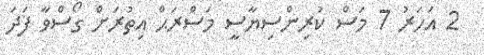
2 އަހަރު 7 މަސް ކުރިންސިޔާސީ މަސްރަޙް އިތުރަށް ގޯސްވާ ފަދަ